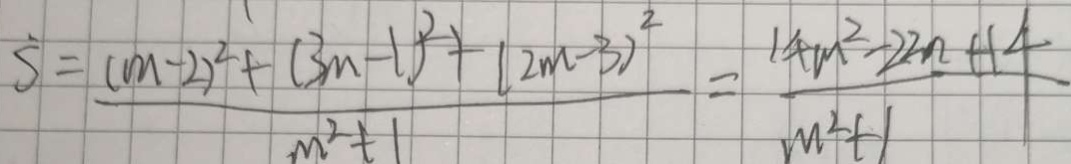
S = \frac { ( m - 2 ) ^ { 2 } + ( 3 m - 1 ) ^ { 2 } + ( 2 m - 3 ) ^ { 2 } } { m ^ { 2 } + 1 } = \frac { 1 4 m ^ { 2 } - 2 2 n + 1 4 } { m ^ { 2 } + 1 }